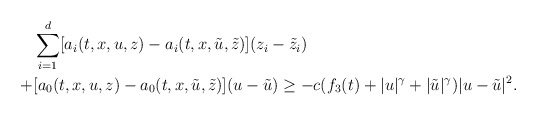
\begin{align*}& \sum_{i=1}^{d} [a_i(t,x,u,z) - a_i(t,x,\tilde{u},\tilde{z})](z_i - \tilde{z}_i) \\ + & [a_0(t,x,u,z)-a_0(t,x,\tilde{u},\tilde{z})](u-\tilde{u}) \geq - c ( f_3(t) + |u|^{\gamma} + |\tilde{u}|^{\gamma})|u-\tilde{u}|^{2}.\end{align*}